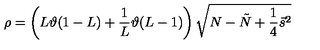
\rho = \left( L \vartheta ( 1 - L ) + \frac { 1 } { L } \vartheta ( L - 1 ) \right) \sqrt { N - \tilde { N } + \frac { 1 } { 4 } \vec { s } ^ { 2 } }